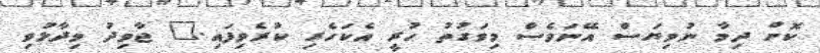
ކޮށް ދިމާ ނުވިޔަސް އޭނަވެސް މިވަގުތު ހުރީ އެކަހެރި ކުރެވިފައި." ޖާވިދު ވިދާޅުވި